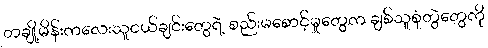
တချို့မိန်းကလေးသူငယ်ချင်းတွေရဲ့ စည်းမစောင့်မှုတွေက ချစ်သူစုံတွဲတွေကို